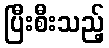
ပြီးစီးသည့်